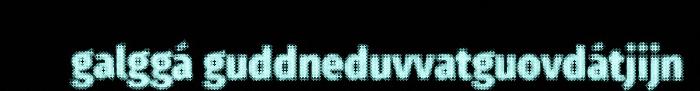
galggá guddneduvvatguovdátjijn